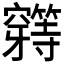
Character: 𰩟